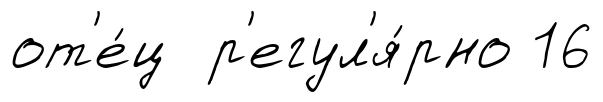
от'е́ц р'егул'я́рно 16